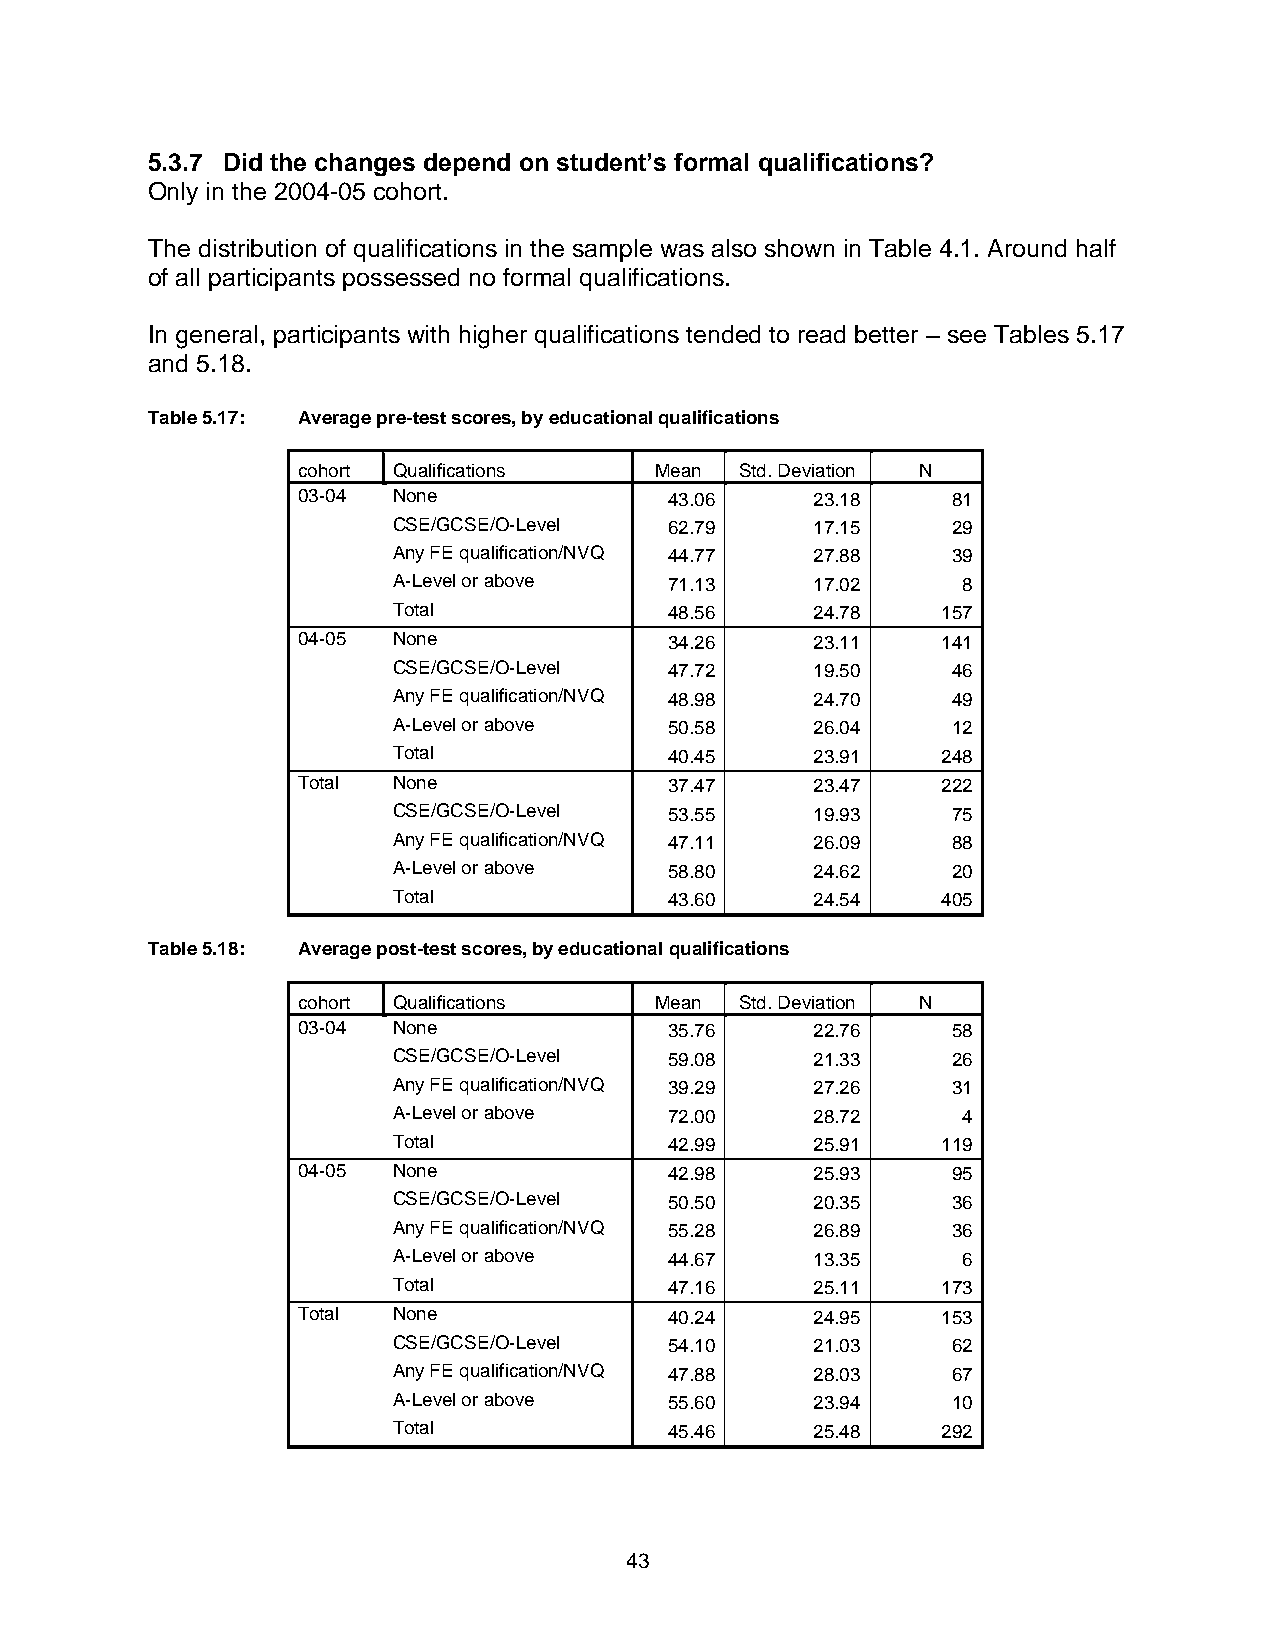
5.3.7 Did the changes depend on student’s formal qualifications?
 Only in the 2004-05 cohort.
 The distribution of qualifications in the sample was also shown in Table 4.1. Around half
 of all participants possessed no formal qualifications.
 In general, participants with higher qualifications tended to read better – see Tables 5.17
 and 5.18.
 Table 5.17: Average pre-test scores, by educational qualifications
 cohort Qualifications  Mean  Std. Deviation N
 03-04 None              43.06     23.18    81
 CSE/GCSE/O-Level  62.79     17.15    29
 Any FE qualification/NVQ 44.77 27.88 39
 A-Level or above  71.13     17.02     8
 Total             48.56     24.78   157
 04-05 None              34.26     23.11   141
 CSE/GCSE/O-Level  47.72     19.50    46
 Any FE qualification/NVQ 48.98 24.70 49
 A-Level or above  50.58     26.04    12
 Total             40.45     23.91   248
 Total None              37.47     23.47   222
 CSE/GCSE/O-Level  53.55     19.93    75
 Any FE qualification/NVQ 47.11 26.09 88
 A-Level or above  58.80     24.62    20
 Total             43.60     24.54   405
 Table 5.18: Average post-test scores, by educational qualifications
 cohort Qualifications  Mean  Std. Deviation N
 03-04 None              35.76     22.76    58
 CSE/GCSE/O-Level  59.08     21.33    26
 Any FE qualification/NVQ 39.29 27.26 31
 A-Level or above  72.00     28.72     4
 Total             42.99     25.91   119
 04-05 None              42.98     25.93    95
 CSE/GCSE/O-Level  50.50     20.35    36
 Any FE qualification/NVQ 55.28 26.89 36
 A-Level or above  44.67     13.35     6
 Total             47.16     25.11   173
 Total None              40.24     24.95   153
 CSE/GCSE/O-Level  54.10     21.03    62
 Any FE qualification/NVQ 47.88 28.03 67
 A-Level or above  55.60     23.94    10
 Total             45.46     25.48   292
 43